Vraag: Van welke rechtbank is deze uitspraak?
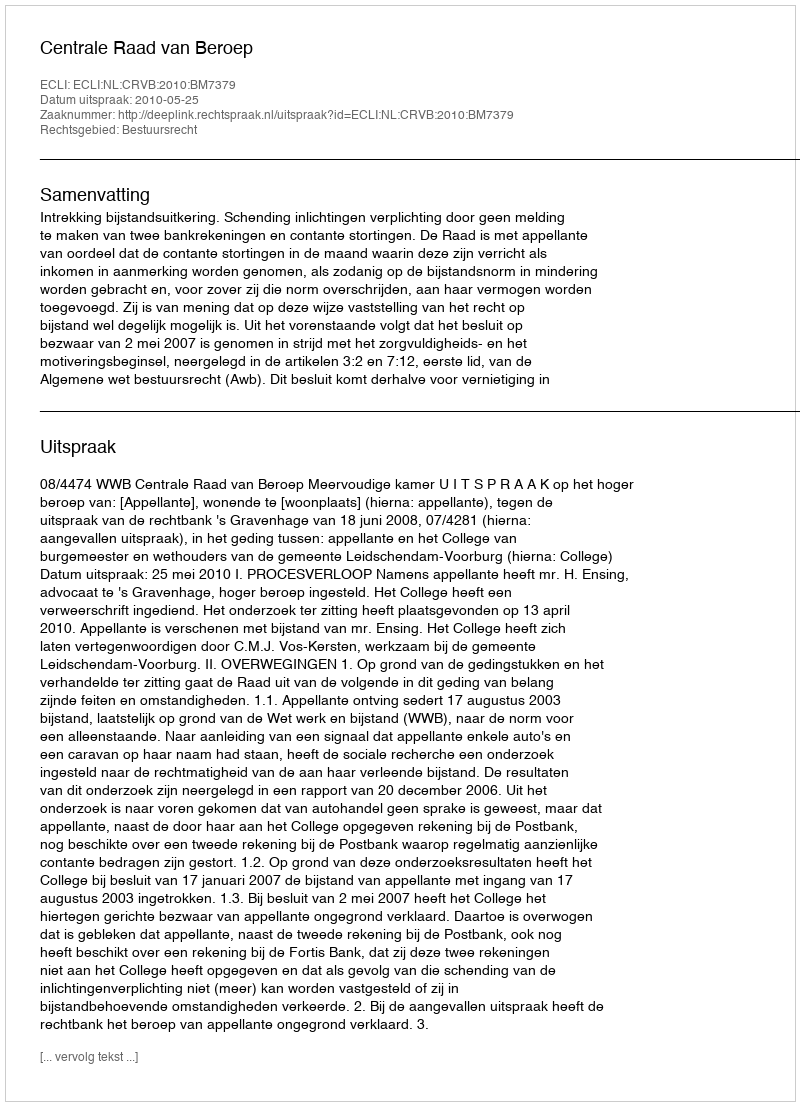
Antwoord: Centrale Raad van Beroep